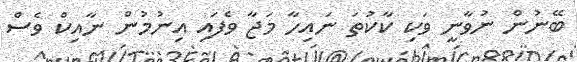
ބޭނުން ނުވާނީ ވަކި ކާކުތަ ނައިހާ މަޖާ ވެފައި އިނުމުން ނާއިކް ވެސް